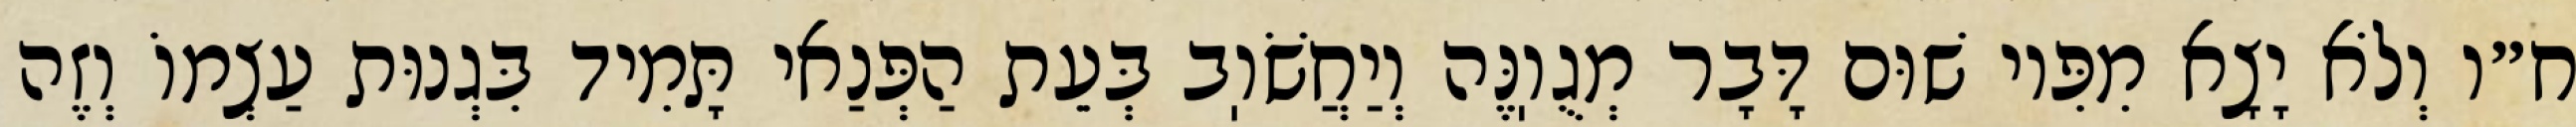
ח״ו וְלֹא יָצָא מִפִּיו שׁוּם דָּבָר מְגֻוֽנֶּה וְיַחֲשֹׁוֽב בְּעֵת הַפְּנַאי תָּמִיד בִּגְנוּת עַצְמוֹ וְזֶה